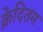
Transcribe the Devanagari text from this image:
क्रेदितम